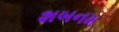
શબનમ